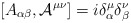
\begin{align*}[A_{\alpha\beta}, {\cal{A}}^{\mu\nu}]=i \delta_\alpha^\mu \delta_\beta^\nu \end{align*}